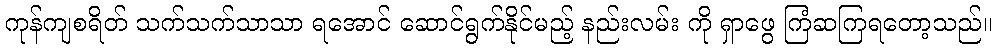
ကုန်ကျစရိတ် သက်သက်သာသာ ရအောင် ဆောင်ရွက်နိုင်မည့် နည်းလမ်း ကို ရှာဖွေ ကြံဆကြရတော့သည်။